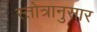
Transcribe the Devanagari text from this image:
स्तोत्रानुसार